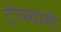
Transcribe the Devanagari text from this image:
टोळ्यांशी